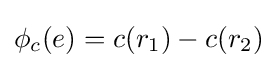
\phi _{c}(e)=c(r_{1})-c(r_{2})